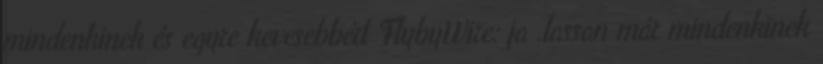
mindenkinek és egyre kevesebbért FlybyWire: ja .lassan már mindenkinek